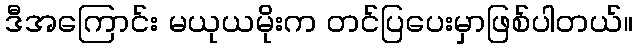
ဒီအကြောင်း မယုယမိုးက တင်ပြပေးမှာဖြစ်ပါတယ်။